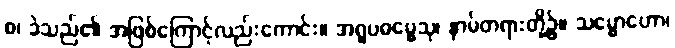
စ၊ ခဲသည်၏ အဖြစ်ကြောင့်လည်းကောင်း။ အရူပဓမ္မေသု၊ နာမ်တရားတို့၌။ သမ္မောဟော၊